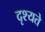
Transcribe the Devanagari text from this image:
दृश्यते